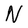
Character: N